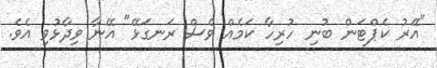
"އޭރު ކެޕްޓަން ބުނި ހުރިހާ ކަމެއް ވެސް ރަނގަޅޭ" އޭނާ ވިދާޅުވި އެވެ.